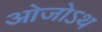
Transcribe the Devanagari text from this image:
ओजोऽथ